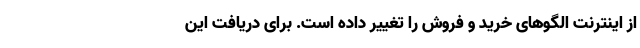
از اینترنت الگوهای خرید و فروش را تغییر داده است. برای دریافت این